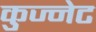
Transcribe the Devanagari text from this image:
कुज्नेट